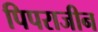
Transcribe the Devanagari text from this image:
पिपराजीन